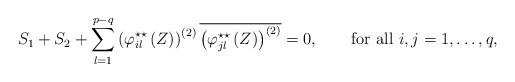
LaTeX: \begin{align*}S_{1}+S_{2}+\displaystyle\sum_{l=1}^{p-q}\left(\varphi_{il}^{\star\star }\left(Z\right)\right)^{(2)}\overline{\left(\varphi_{jl}^{\star\star }\left(Z\right)\right)^{(2)}}=0, \quad\quad\mbox{for all $i,j=1,\dots,q$,} \end{align*}